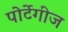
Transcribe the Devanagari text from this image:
पोर्टेगीज